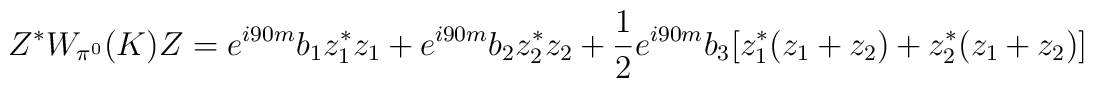
Z^*W_{\pi^0}(K)Z= e^{i 90 m}b_1 z_1^*z_1 +  e^{i 90 m}b_2 z_2^*z_2+\frac12 e^{i 90 m}b_3 [z_1^*(z_1+z_2)+ z_2^*(z_1+z_2)]